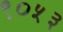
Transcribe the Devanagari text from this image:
९०५३